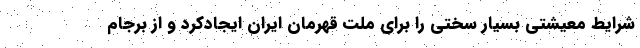
شرایط معیشتی بسیار سختی را برای ملت قهرمان ایران ایجادکرد و از برجام